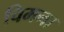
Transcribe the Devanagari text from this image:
चिमना